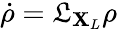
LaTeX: \dot{\rho}=\mathfrak{L}_{\mathbf{X}_{L}}\rho